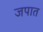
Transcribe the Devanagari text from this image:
जपात